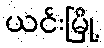
ယင်းမြို့